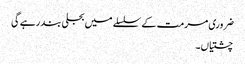
ضروری مرمت کے سلسلے میں بجلی بند رہے گی
چشتیاں۔